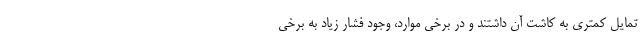
تمایل کمتری به کاشت آن داشتند و در برخی موارد، وجود فشار زیاد به برخی